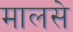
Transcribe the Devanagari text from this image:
मालसे